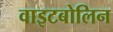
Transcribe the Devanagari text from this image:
वाइटबोलिन